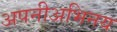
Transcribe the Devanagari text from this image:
अपनीअभिनय